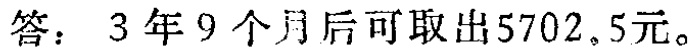
答：3年9个月后可取出5702.5元。